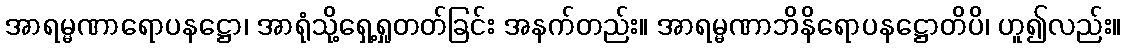
အာရမ္မဏာရောပနဋ္ဌော၊ အာရုံသို့ရှေ့ရှုတတ်ခြင်း အနက်တည်း။ အာရမ္မဏာဘိနိရောပနဋ္ဌောတိပိ၊ ဟူ၍လည်း။